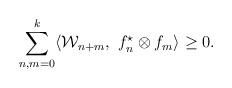
LaTeX: \begin{align*}\sum_{n,m=0}^{k}\langle{\cal W}_{n+m},\ f_{n}^\star\otimes f_{m}\rangle\geq 0.\end{align*}